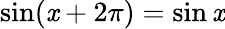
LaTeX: \sin(\mathit{x}+2\pi)=\sin\mathit{x}